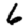
Digit: 6